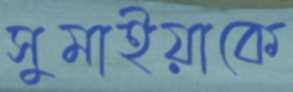
সুমাইয়াকে